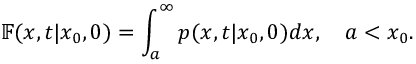
\mathbb { F } ( x , t | x _ { 0 } , 0 ) = \int _ { a } ^ { \infty } p ( x , t | x _ { 0 } , 0 ) d x , \quad a < x _ { 0 } .